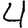
Digit: 4